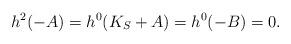
LaTeX: \begin{align*} h^2(-A) = h^0(K_S+A)= h^0(-B)=0.\end{align*}